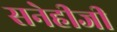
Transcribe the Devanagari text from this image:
सनेहीजी